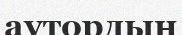
аутордың